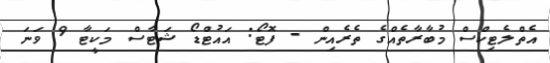
އެތްލެޓިކްސް މުބާރާތެއްގެ ތެރެއިން - ފޮޓޯ: އައުޓްޑޯ ޝަޓާސް މަކީޓާ 9 ވަނަ